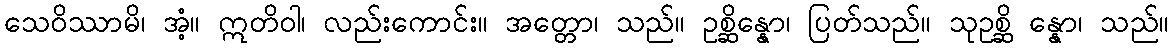
သေဝိဿာမိ၊ အံ့။ ဣတိဝါ၊ လည်းကောင်း။ အတ္တော၊ သည်။ ဥစ္ဆိန္နော၊ ပြတ်သည်။ သုဥစ္ဆိ န္နော၊ သည်။